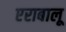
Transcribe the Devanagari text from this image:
एराबालू